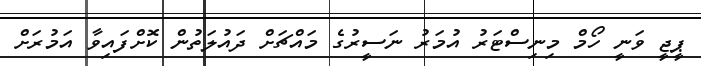
ޕީޖީ ވަނީ ހޯމް މިނިސްޓަރު އުމަރު ނަސީރުގެ މައްޗަށް ދައުލަތުން ކޮށްފައިވާ އަމުރަށް